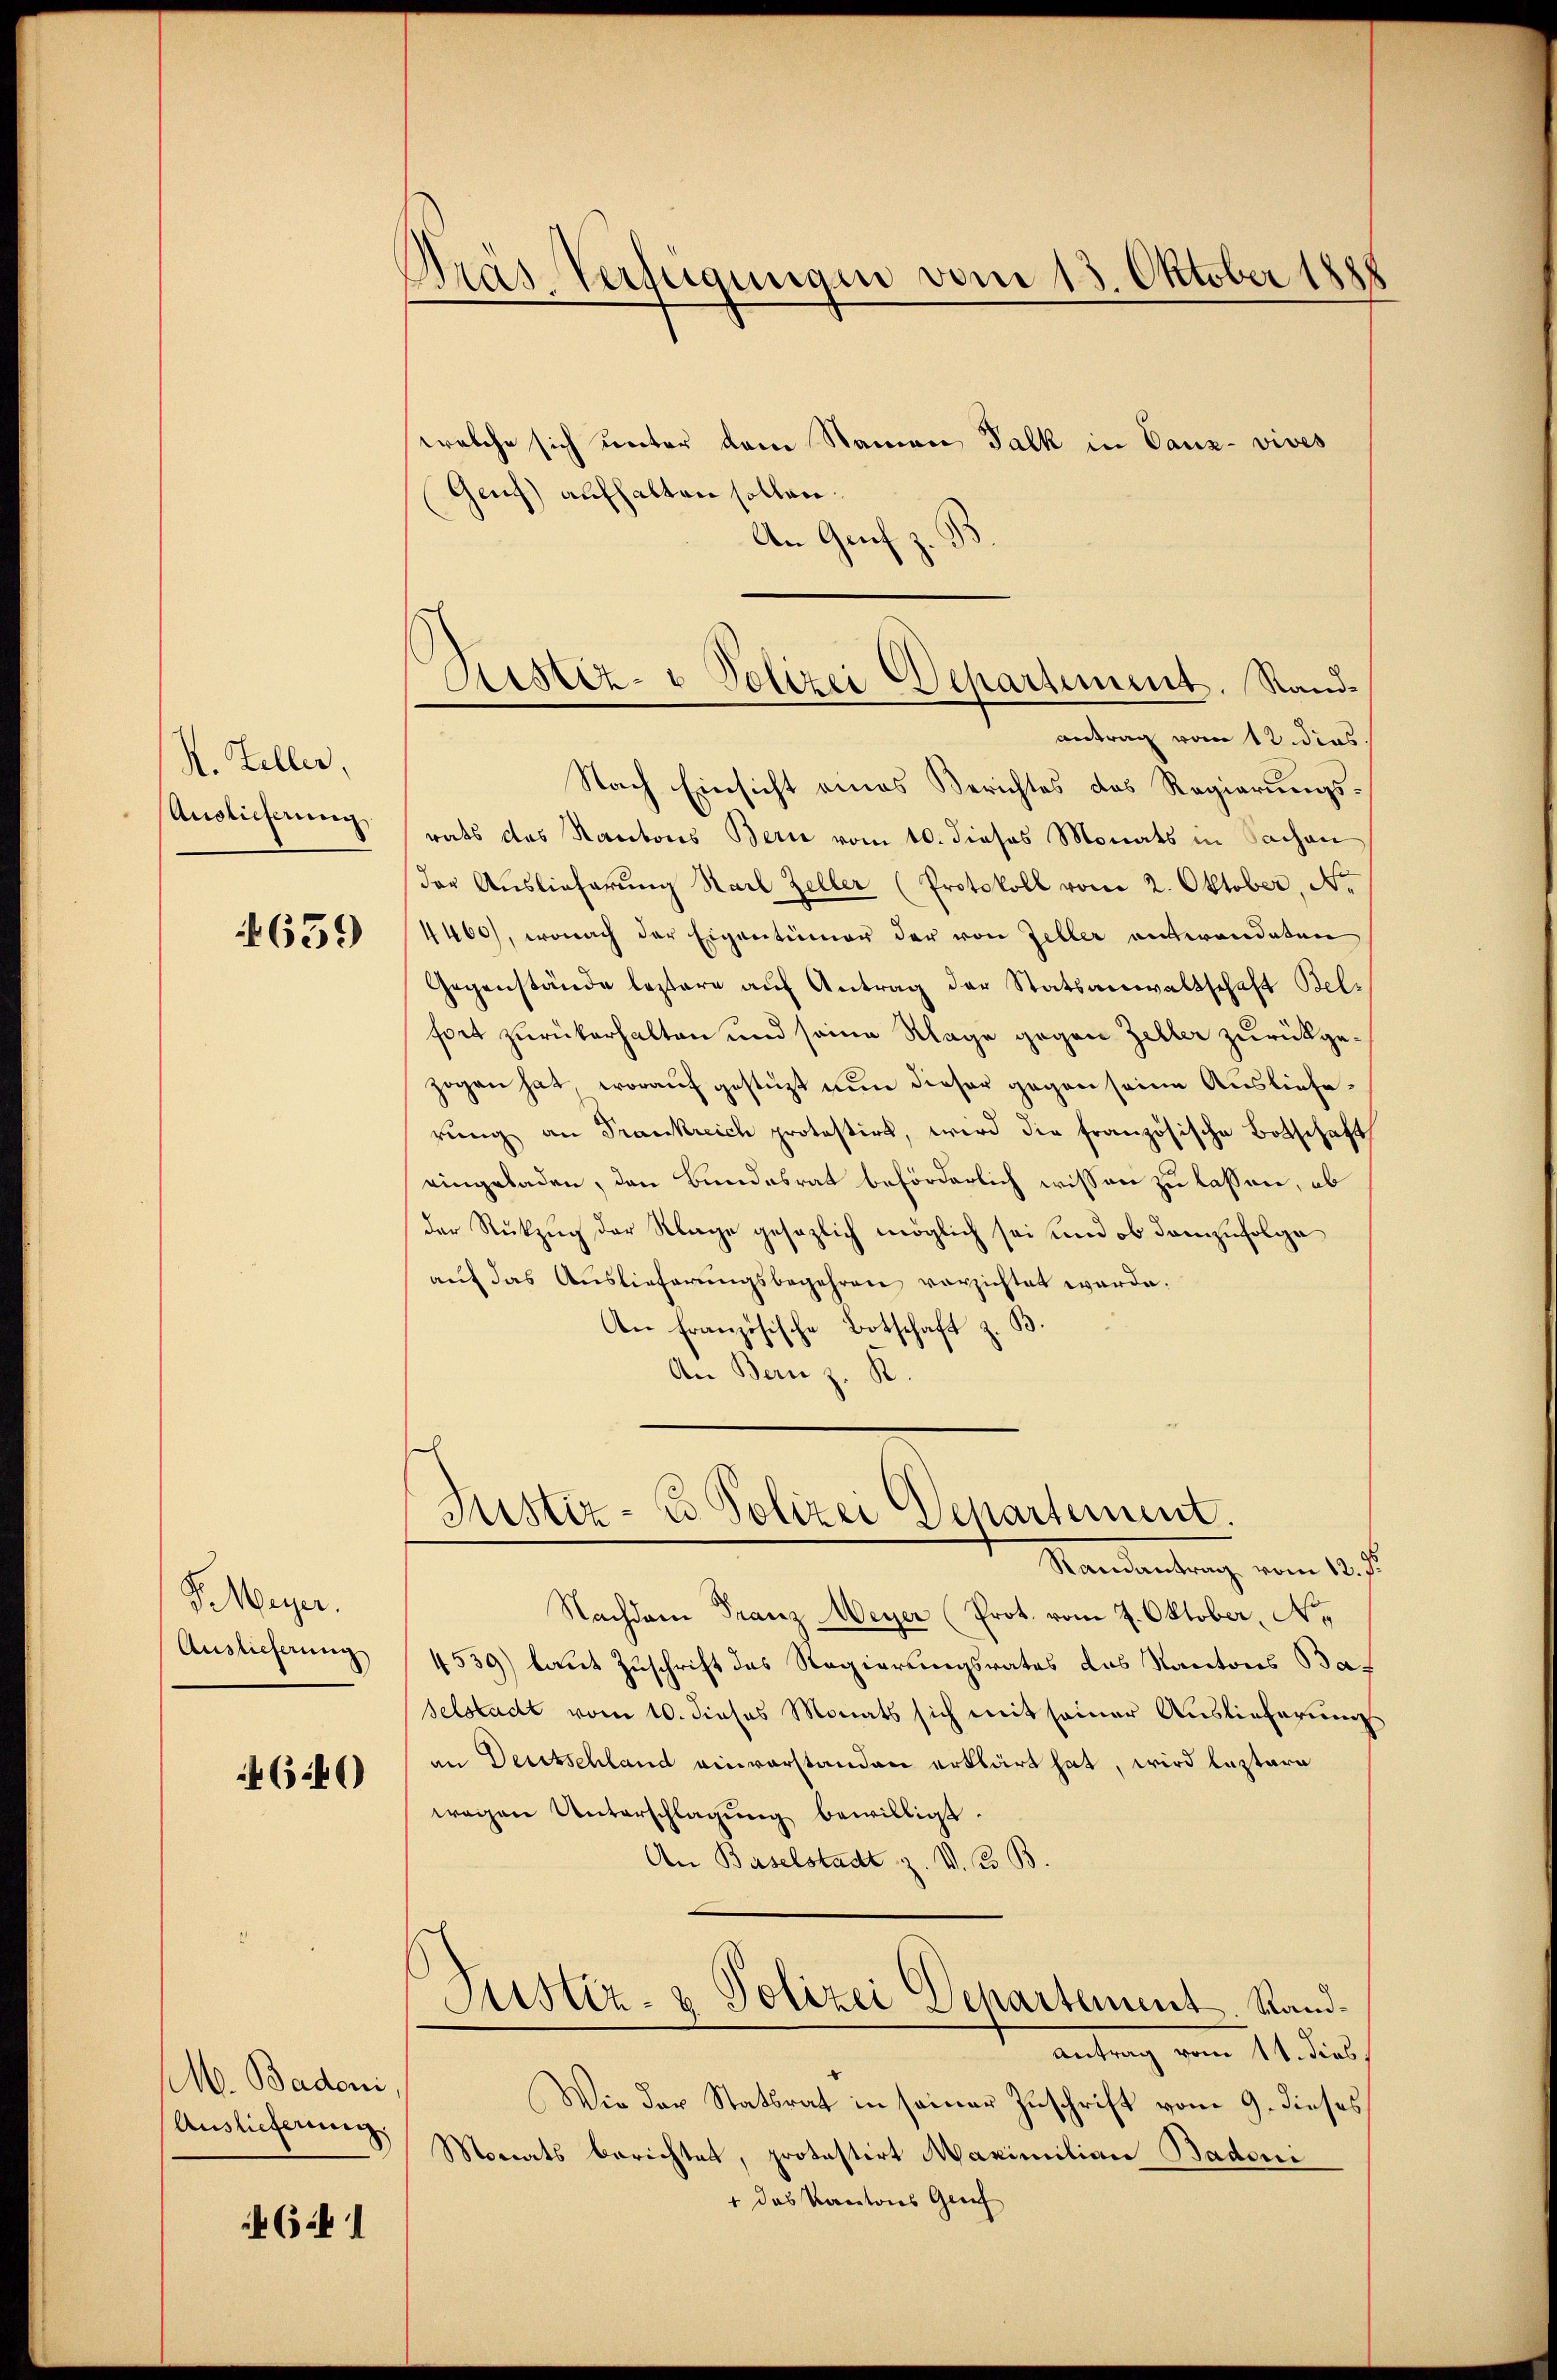
H. Zeller,
Auslieferung

659

MMuger.
Auslieferung

46.40)

M. Badeni,
Auslieferung.

6 f 1

Pras Verfügungen vom 15. Oktober 1888

Sistiz- & Polizei Departement. Randantrag vom 12 dies.

welche sich unter dem Namen Falk in Canz- vives
Genf) aufhalten sollen.
An Genf z.
Nach Einsicht eines Berichtes des Regierungsrats das Kantons Bern vom 10. dieses Monats in Sachen
der Auslieferŭng Karl Zeller (Protokoll vom 2. Oktober, No.
4460), wonach der Eigentümer der von Zeller entwendeten
Gegenstände leztere aŭf Antrag der Statsanwaltschaft Belfort zurückerhalten und seine Klage gegen Zeller zurückgezogen hat, worauf gestüzt nun dieser gegen seine Auslieferŭng an Frankreich protestirt, wird die französische Botschaft
eingeladen, den Bundesrat beförderlich wissen zu lassen, ob
der Rückzug der Klage gesezlich möglich sei und ob demzufolge
auf das Auslieferungsbegehren verzichtet werde.
An Französische Botschaft z. B.
An Bern z. R.

Justiz- & Polizei Departement.

Mandantung von 1807.
Nachdem Franz Meyer (Prot. vom 7. Oktober, No.
4539) laut Zuschrift des Regierungsrates das Kantons Baselstadt vom 10. dieses Monats sich mit seiner Auslieferungs
an Deutschland einvorstanden erklärt hat, wird leztere
wegen Unterschlagung bewilligt
An Baselstadt z. V. B. B.
Justiz- & Polizei Departement. Rand¬
Antrag vom 11. dies,
Wie der Statsrat in seiner Zuschrift vom 9. dieses
Monats berichtet, protestirt Maximilian Badene
1 das Kantons Grief